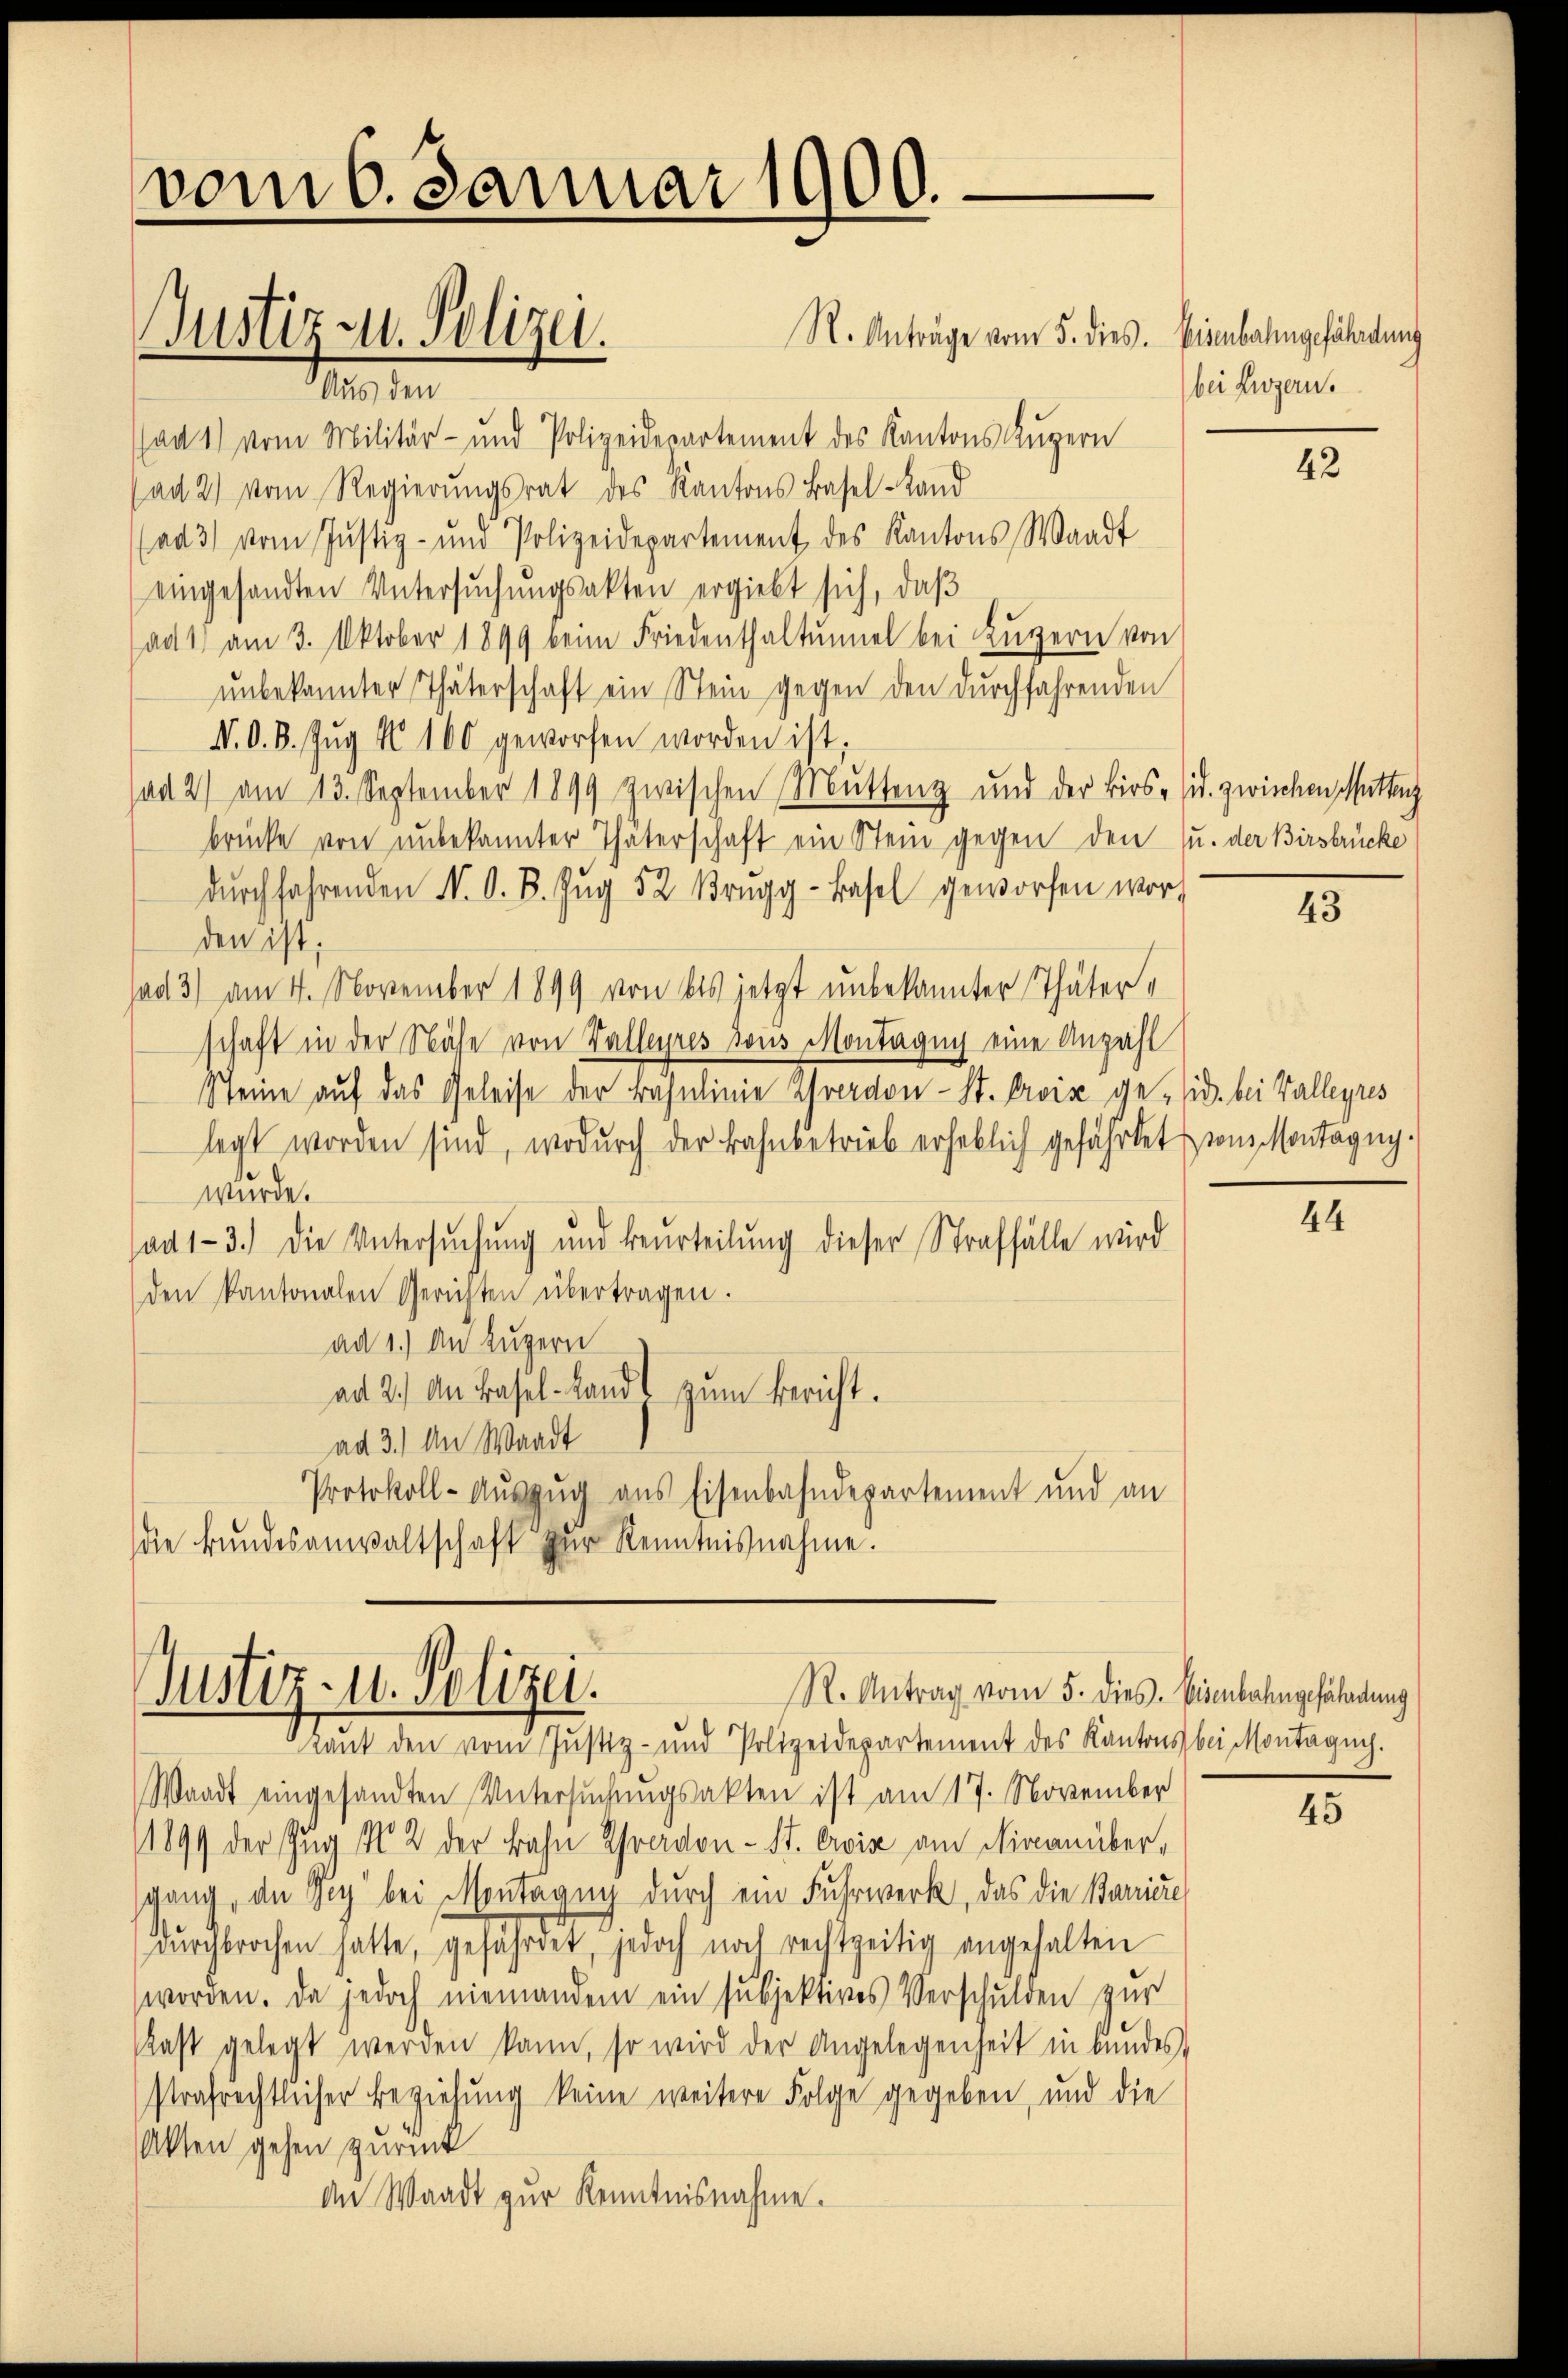
vom 6. Januar 1900.

R. Anträge vom 5. dies. Eisenbahngefährdung
Man den
ad 1) vom Militär- und Polizeidepartement des Kantons Kugern
(ad 2) vom Regierŭngsrat des Kantons Basel-Land
(ad 3) vom Justiz- und Polizeidepartement des Kantons Waadt
eingesandten Untersuchungsakten ergiebt sich, daß
ad 1) am 3. Oktober 1899 beim Friedenthaltŭnel bei Lŭzern von
unbekannter Thäterschaft ein Stein gegen den durchfahrenden
V. O. B. Zŭg § 100 geworfen worden ist.
ad 2) am 13. September 1899 zwischen Muttenz und der Birs-sid. zwischen Mitteng
brücke von unbekannter Thäterschaft ein Stein gegen den u. der Birsbrücke
dŭrchfahrenden N. O. B. Zŭg 52. Brugg-Basel geworfen worden ist:
sad 3) am 4. November 1899 von bis jetzt unbekannter Thäterschaft in der Nähe von Valleyres sous Montagug eine Anzahl
Steine auf das Geleise der Bahnlinie Ihrerdon - St. Croix ge-sid. bei Valleyres
legt worden sind, wodurch der Bahnbetrieb erheblich gefährtet von Montagug-
wurde.
ad 1-3.) Die Untersuchung und beurteilung dieser Straffälle wird
den kantonalen Gerichten übertragen.
ad 1.) An Luzern
ad 2.) An Basel-Landt zŭm Bericht.
ad 3.) An Waadt
Protokoll-Auszug aus Eisenbahndepartement und an
die Bundesanwaltschaft zur Kenntnisnahme.

Justiz- u. Polizei.

Justiz- u. Polizei.
R. Antrag vom 5. dies. Eisenbahngefährdung

bei Luzern.

kant den vom Justiz- und Polizeidepartement des Kantons bei Montagŭch.
Waadt eingesandten Untersŭchŭngsakten ist am 17. November
1899 der Zug No 2 der Bahn Yverdon- St. Orviz am Finanüber,
gang, an sich bei Montagug durch ein Fuhrwerk, das die Barriere
dŭrchbrochen hatte, gefährdet, jedoch noch rechtzeitig angehalten
worden. Da jedoch niemandem ein subjektives Verschulden zur
ast gelegt werden kann, so wird der Angelegenheit in bundes,
strafrechtlicher Beziehung keine weitere Folge gegeben, und die
Akten gehen zurück
An Waadt zur Kenntnisnahme.

42

43

44

45